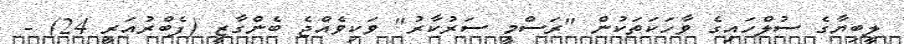
ލީބިޔާގެ ސުލްހައިގެ ވާހަކަތަކުން "ރަސްމީ ސަރުކާރު" ވަކިވެއްޖެ ބެންގާޒީ (ފެބްރުއަރީ 24) -